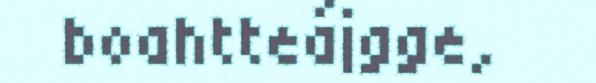
boahtteájgge,